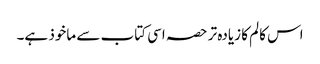
اس کالم کا زیادہ تر حصہ اسی کتاب سے ماخوذ ہے۔